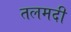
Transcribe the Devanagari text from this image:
तलमदी